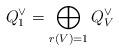
LaTeX: \begin{align*}Q_1^\vee=\bigoplus_{r(V)=1} Q_V^\vee\end{align*}